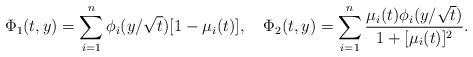
LaTeX: \begin{align*}\Phi_1(t,y)=\sum_{i=1}^n\phi_i(y/\sqrt{t})[1-\mu_i(t)],\quad\Phi_2(t,y)=\sum_{i=1}^n\frac{\mu_i(t)\phi_i(y/\sqrt{t})}{1+[\mu_i(t)]^2}.\end{align*}